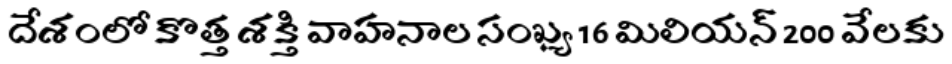
దేశంలో కొత్త శక్తి వాహనాల సంఖ్య 16 మిలియన్ 200 వేలకు